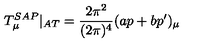
T _ { \mu } ^ { S A P } | _ { A T } = \frac { 2 \pi ^ { 2 } } { ( 2 \pi ) ^ { 4 } } ( a p + b p ^ { \prime } ) _ { \mu }